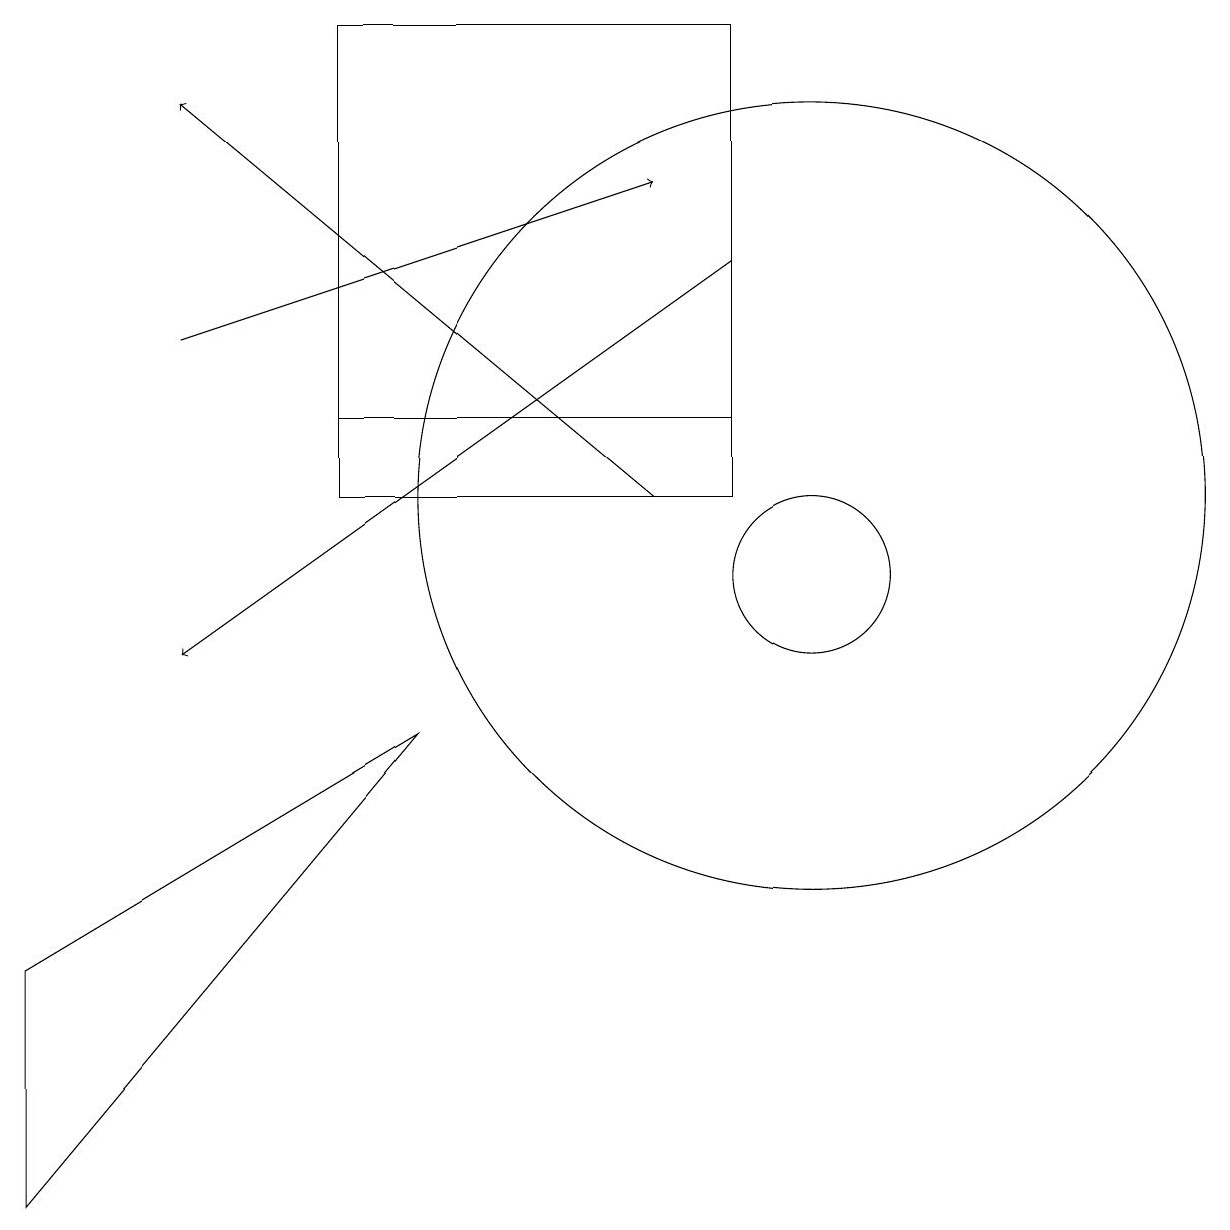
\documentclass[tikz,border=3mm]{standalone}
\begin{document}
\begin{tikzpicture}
\draw (9,12) rectangle (4,13);
\draw (4,18) rectangle (9,13);
\draw[->] (9,15) -- (2,10);
\draw[->] (2,14) -- (8,16);
\draw[->] (8,12) -- (2,17);
\draw (0,3) -- (0,6) -- (5,9) -- cycle;
\draw (10,12) circle (5);
\draw (10,11) circle (1);
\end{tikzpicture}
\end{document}